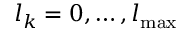
l _ { k } = 0 , \ldots , l _ { \mathrm { m a x } }